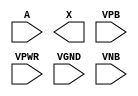
/**
 * Copyright 2020 The SkyWater PDK Authors
 *
 * Licensed under the Apache License, Version 2.0 (the "License");
 * you may not use this file except in compliance with the License.
 * You may obtain a copy of the License at
 *
 *     https://www.apache.org/licenses/LICENSE-2.0
 *
 * Unless required by applicable law or agreed to in writing, software
 * distributed under the License is distributed on an "AS IS" BASIS,
 * WITHOUT WARRANTIES OR CONDITIONS OF ANY KIND, either express or implied.
 * See the License for the specific language governing permissions and
 * limitations under the License.
 *
 * SPDX-License-Identifier: Apache-2.0
 */

`ifndef SKY130_FD_SC_HD__DLYMETAL6S6S_PP_SYMBOL_V
`define SKY130_FD_SC_HD__DLYMETAL6S6S_PP_SYMBOL_V

/**
 * dlymetal6s6s: 6-inverter delay with output from 6th inverter on
 *               horizontal route.
 *
 * Verilog stub (with power pins) for graphical symbol definition
 * generation.
 *
 * WARNING: This file is autogenerated, do not modify directly!
 */

`timescale 1ns / 1ps
`default_nettype none

(* blackbox *)
module sky130_fd_sc_hd__dlymetal6s6s (
    //# {{data|Data Signals}}
    input  A   ,
    output X   ,

    //# {{power|Power}}
    input  VPB ,
    input  VPWR,
    input  VGND,
    input  VNB
);
endmodule

`default_nettype wire
`endif  // SKY130_FD_SC_HD__DLYMETAL6S6S_PP_SYMBOL_V